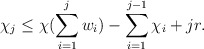
\begin{align*}\chi_j \leq \chi(\sum\limits_{i=1}^j w_i) -\sum\limits_{i=1}^{j-1}\chi_i + jr.\end{align*}